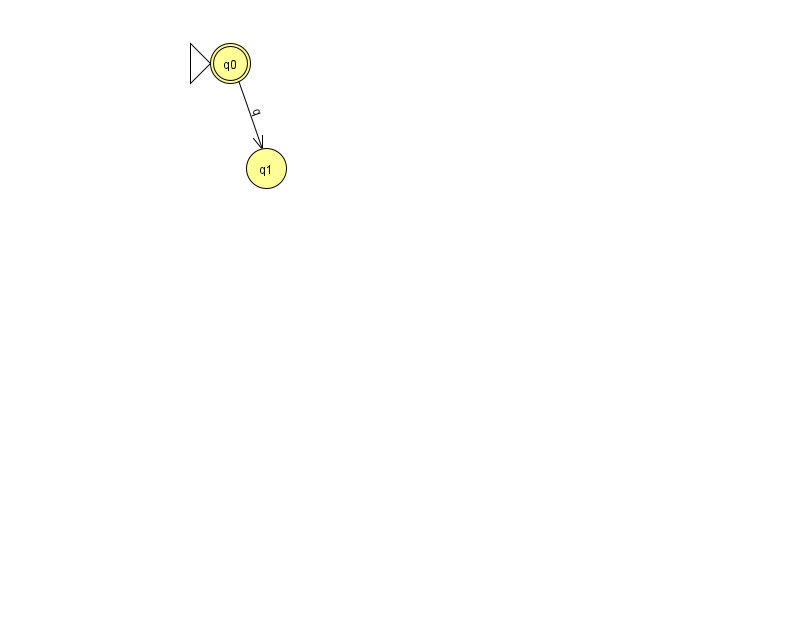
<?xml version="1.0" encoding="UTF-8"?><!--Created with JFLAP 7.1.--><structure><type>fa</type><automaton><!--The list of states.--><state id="0" name="q0"><x>230.0</x><y>50.0</y><initial/><final/></state><state id="1" name="q1"><x>266.0</x><y>155.0</y></state><!--The list of transitions.--><transition><from>0</from><to>1</to><read>q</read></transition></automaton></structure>